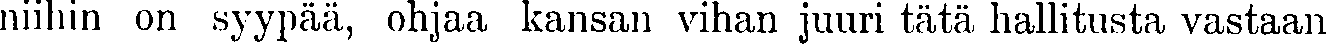
niihin on syypää, ohjaa kansan vihan juuri tätä hallitusta vastaan